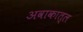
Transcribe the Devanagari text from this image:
अवाकात्ल